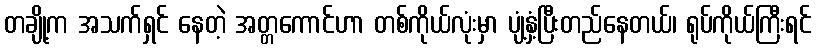
တချို့က အသက်ရှင် နေတဲ့ အတ္တကောင်ဟာ တစ်ကိုယ်လုံးမှာ ပျံ့နှံ့ပြီးတည်နေတယ်၊ ရုပ်ကိုယ်ကြီးရင်